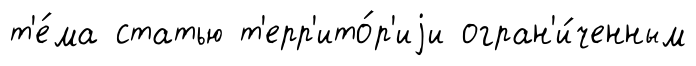
т'е́ма статью т'ерр'ито́р'иjи огран'и́ченным